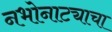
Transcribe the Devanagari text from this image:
नभोनाट्याचा